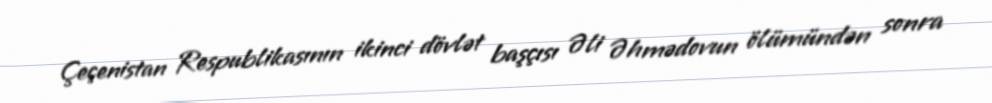
Çeçenistan Respublikasının ikinci dövlət başçısı Əli Əhmədovun ölümündən sonra